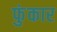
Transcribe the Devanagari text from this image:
फुंकार